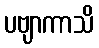
ပဗျာကာသိ